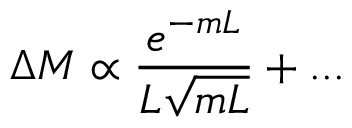
\Delta M \propto \frac { e ^ { - m L } } { L \sqrt { m L } } + . . .